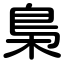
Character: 梟